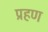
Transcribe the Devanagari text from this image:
प्रहण